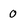
Character: 0